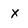
Character: X